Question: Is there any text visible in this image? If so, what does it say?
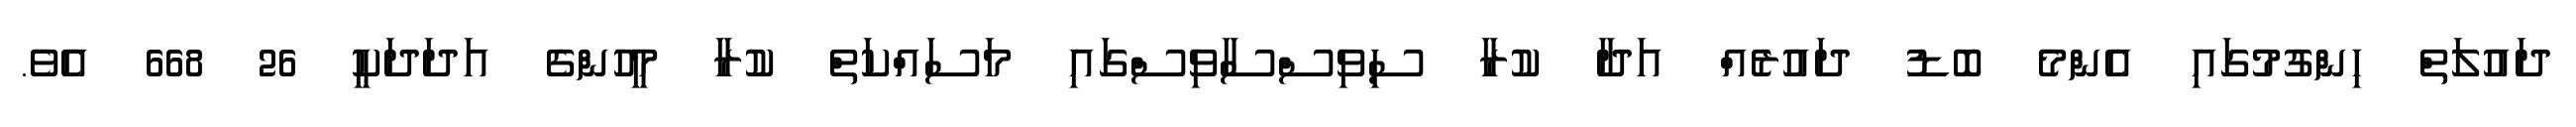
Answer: ދައުލަތް ހިންގުމުގައި އެންމެ ބޮޑު ދައުރެއް އަދާ ކުރާ ސިވިސްސާވިސްގައި މަސައްކަތް ކުރާ މީހުންގެ އަދަދަކީ 26 668 އެވެ.